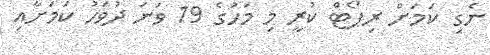
ނެގި ކަމަށް ރިޕޯޓް ކުރީ މި މަހުގެ 19 ވަނަ ދުވަހު ކަމަށާއި